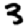
Digit: 3